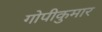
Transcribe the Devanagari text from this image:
गोपीकुमार